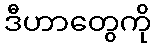
ဒီဟာတွေကို